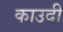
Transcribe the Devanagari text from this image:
काउदी